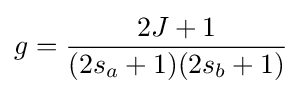
g={\frac {2J+1}{(2s_{a}+1)(2s_{b}+1)}}